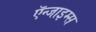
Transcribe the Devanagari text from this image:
ऍन्जाइम्स